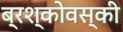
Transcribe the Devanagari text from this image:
ब्रश्कोवस्की